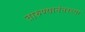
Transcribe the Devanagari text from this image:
तारुण्यानंतरच्या